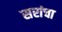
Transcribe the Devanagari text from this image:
सरांचा